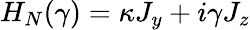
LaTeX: H_{N}(\gamma)=\kappa J_{y}+i\gamma J_{z}